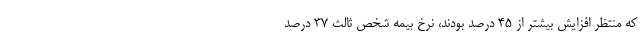
که منتظر افزایش بیشتر از ۴۵ درصد بودند، نرخ بیمه شخص ثالث ۳۷ درصد